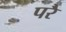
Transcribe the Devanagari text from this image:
परेै